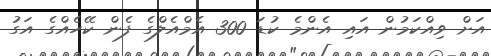
އަށް ވިއްކަމުން އައި އެންމެ ކުޑަ 300 އެމްއެލްގެ ފެން ކޭހެއްގެ އަގު